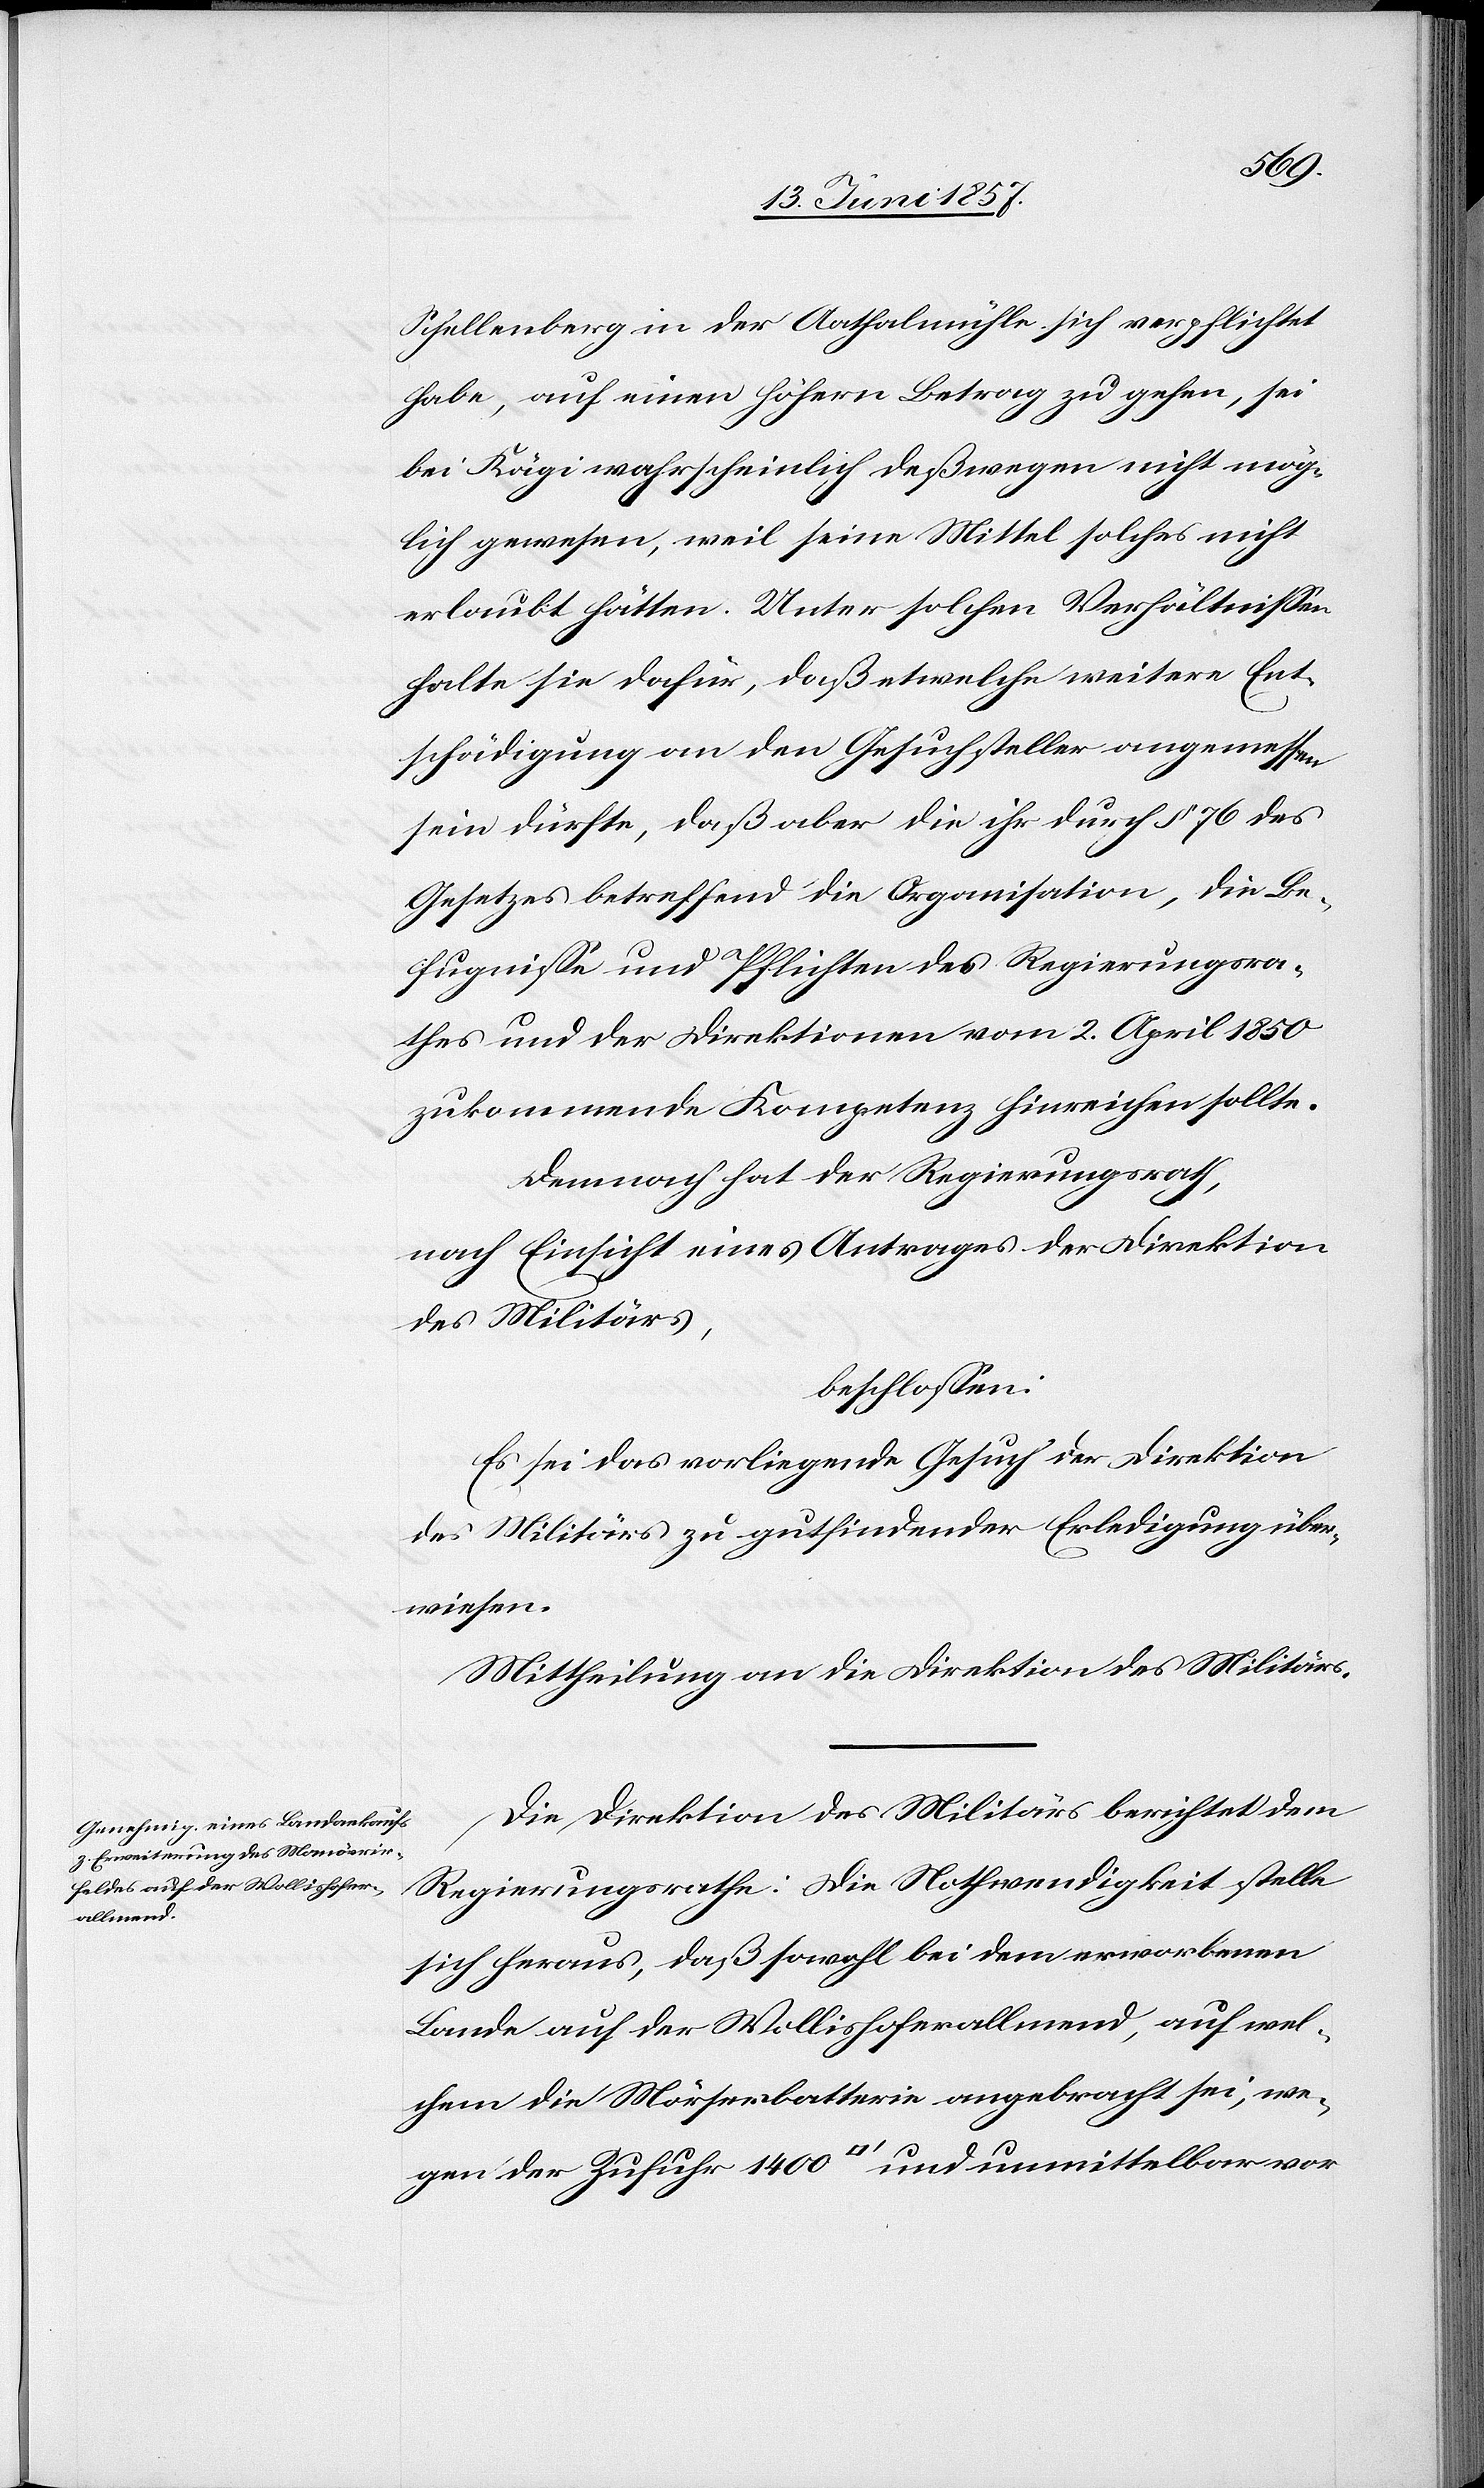
Schellenberg in der Aathalmühle sich verpflichtet
habe, auf einen höhern Betrag zu gehen, sei
bei Kägi wahrscheinlich deßwegen nicht mög¬
lich gewesen, weil seine Mittel solches nicht
erlaubt hätten. Unter solchen Verhältnissen
halte sie dafür, daß etwelche weitere Ent¬
schädigung an den Gesuchsteller angemessen
sein dürfte, daß aber die ihr durch § 76 des
Gesetzes betreffend die Organisation, die Be¬
fugnisse und Pflichten des Regierungsra¬
thes und der Direktionen vom 2 April 1850
zukommende Kompetenz hinreichen sollte.
Demnach hat der Regierungsrath,
nach Einsicht eines Antrages der Direktion
des Militärs,
beschlossen:
Es sei das vorliegende Gesuch der Direktion
des Militärs zu gutfindender Erledigung über¬
wiesen.
Mittheilung an die Direktion des Militärs.
Die Direktion des Militärs berichtet dem
Regierungsrathe: Die Nothwendigkeit stelle
sich heraus, daß sowohl bei dem erworbenen
Lande auf der Wollishoferallmend, auf wel¬
chem die Mörserbatterie angebracht sei, we¬
gen der Zufuhr 1400 [Quadratfuß] und unmittelbar vor